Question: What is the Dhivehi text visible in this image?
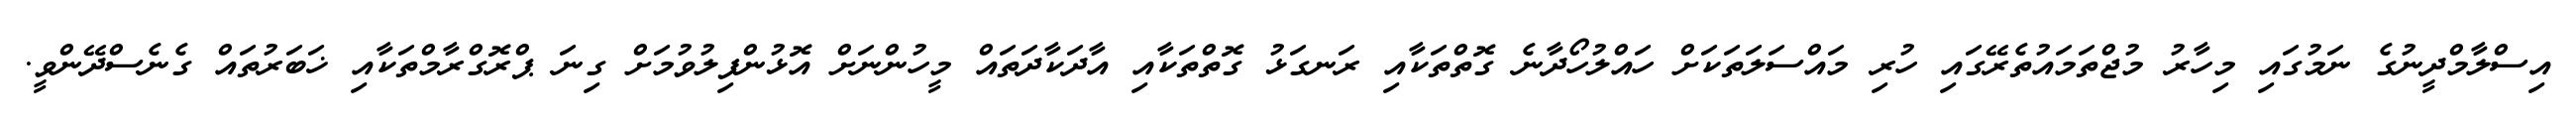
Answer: އިސްލާމްދީނުގެ ނަމުގައި މިހާރު މުޖްތަމައުތެރޭގައި ހުރި މައްސަލަތަކަށް ހައްލުހޯދާނެ ގޮތްތަކާއި ރަނގަޅު ގޮތްތަކާއި އާދަކާދަތައް މީހުންނަށް އޮޅުންފިލުވުމަށް ގިނަ ޕްރޮގްރާމްތަކާއި ޚަބަރުތައް ގެނެސްދޭންވީ.